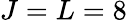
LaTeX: J=L=8